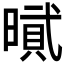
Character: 𰖡